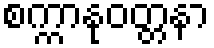
စက္ကာနုဝတ္တနာ